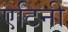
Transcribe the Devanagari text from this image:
एटिनी